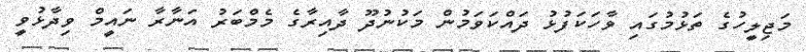
މަޖިލީހުގެ ތަޅުމުގައި ވާހަކަފުޅު ދައްކަވަމުން މަކުނުދޫ ދާއިރާގެ މެމްބަރު އަނާރާ ނައީމް ވިދާޅުވީ